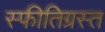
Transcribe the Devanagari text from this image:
स्फीतिग्रस्त